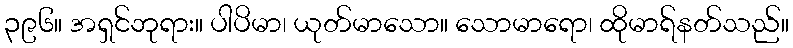
၃၉၆။ အရှင်ဘုရား။ ပါပိမာ၊ ယုတ်မာသော။ သောမာရော၊ ထိုမာရ်နတ်သည်။